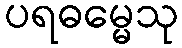
ပရဓမ္မေသု